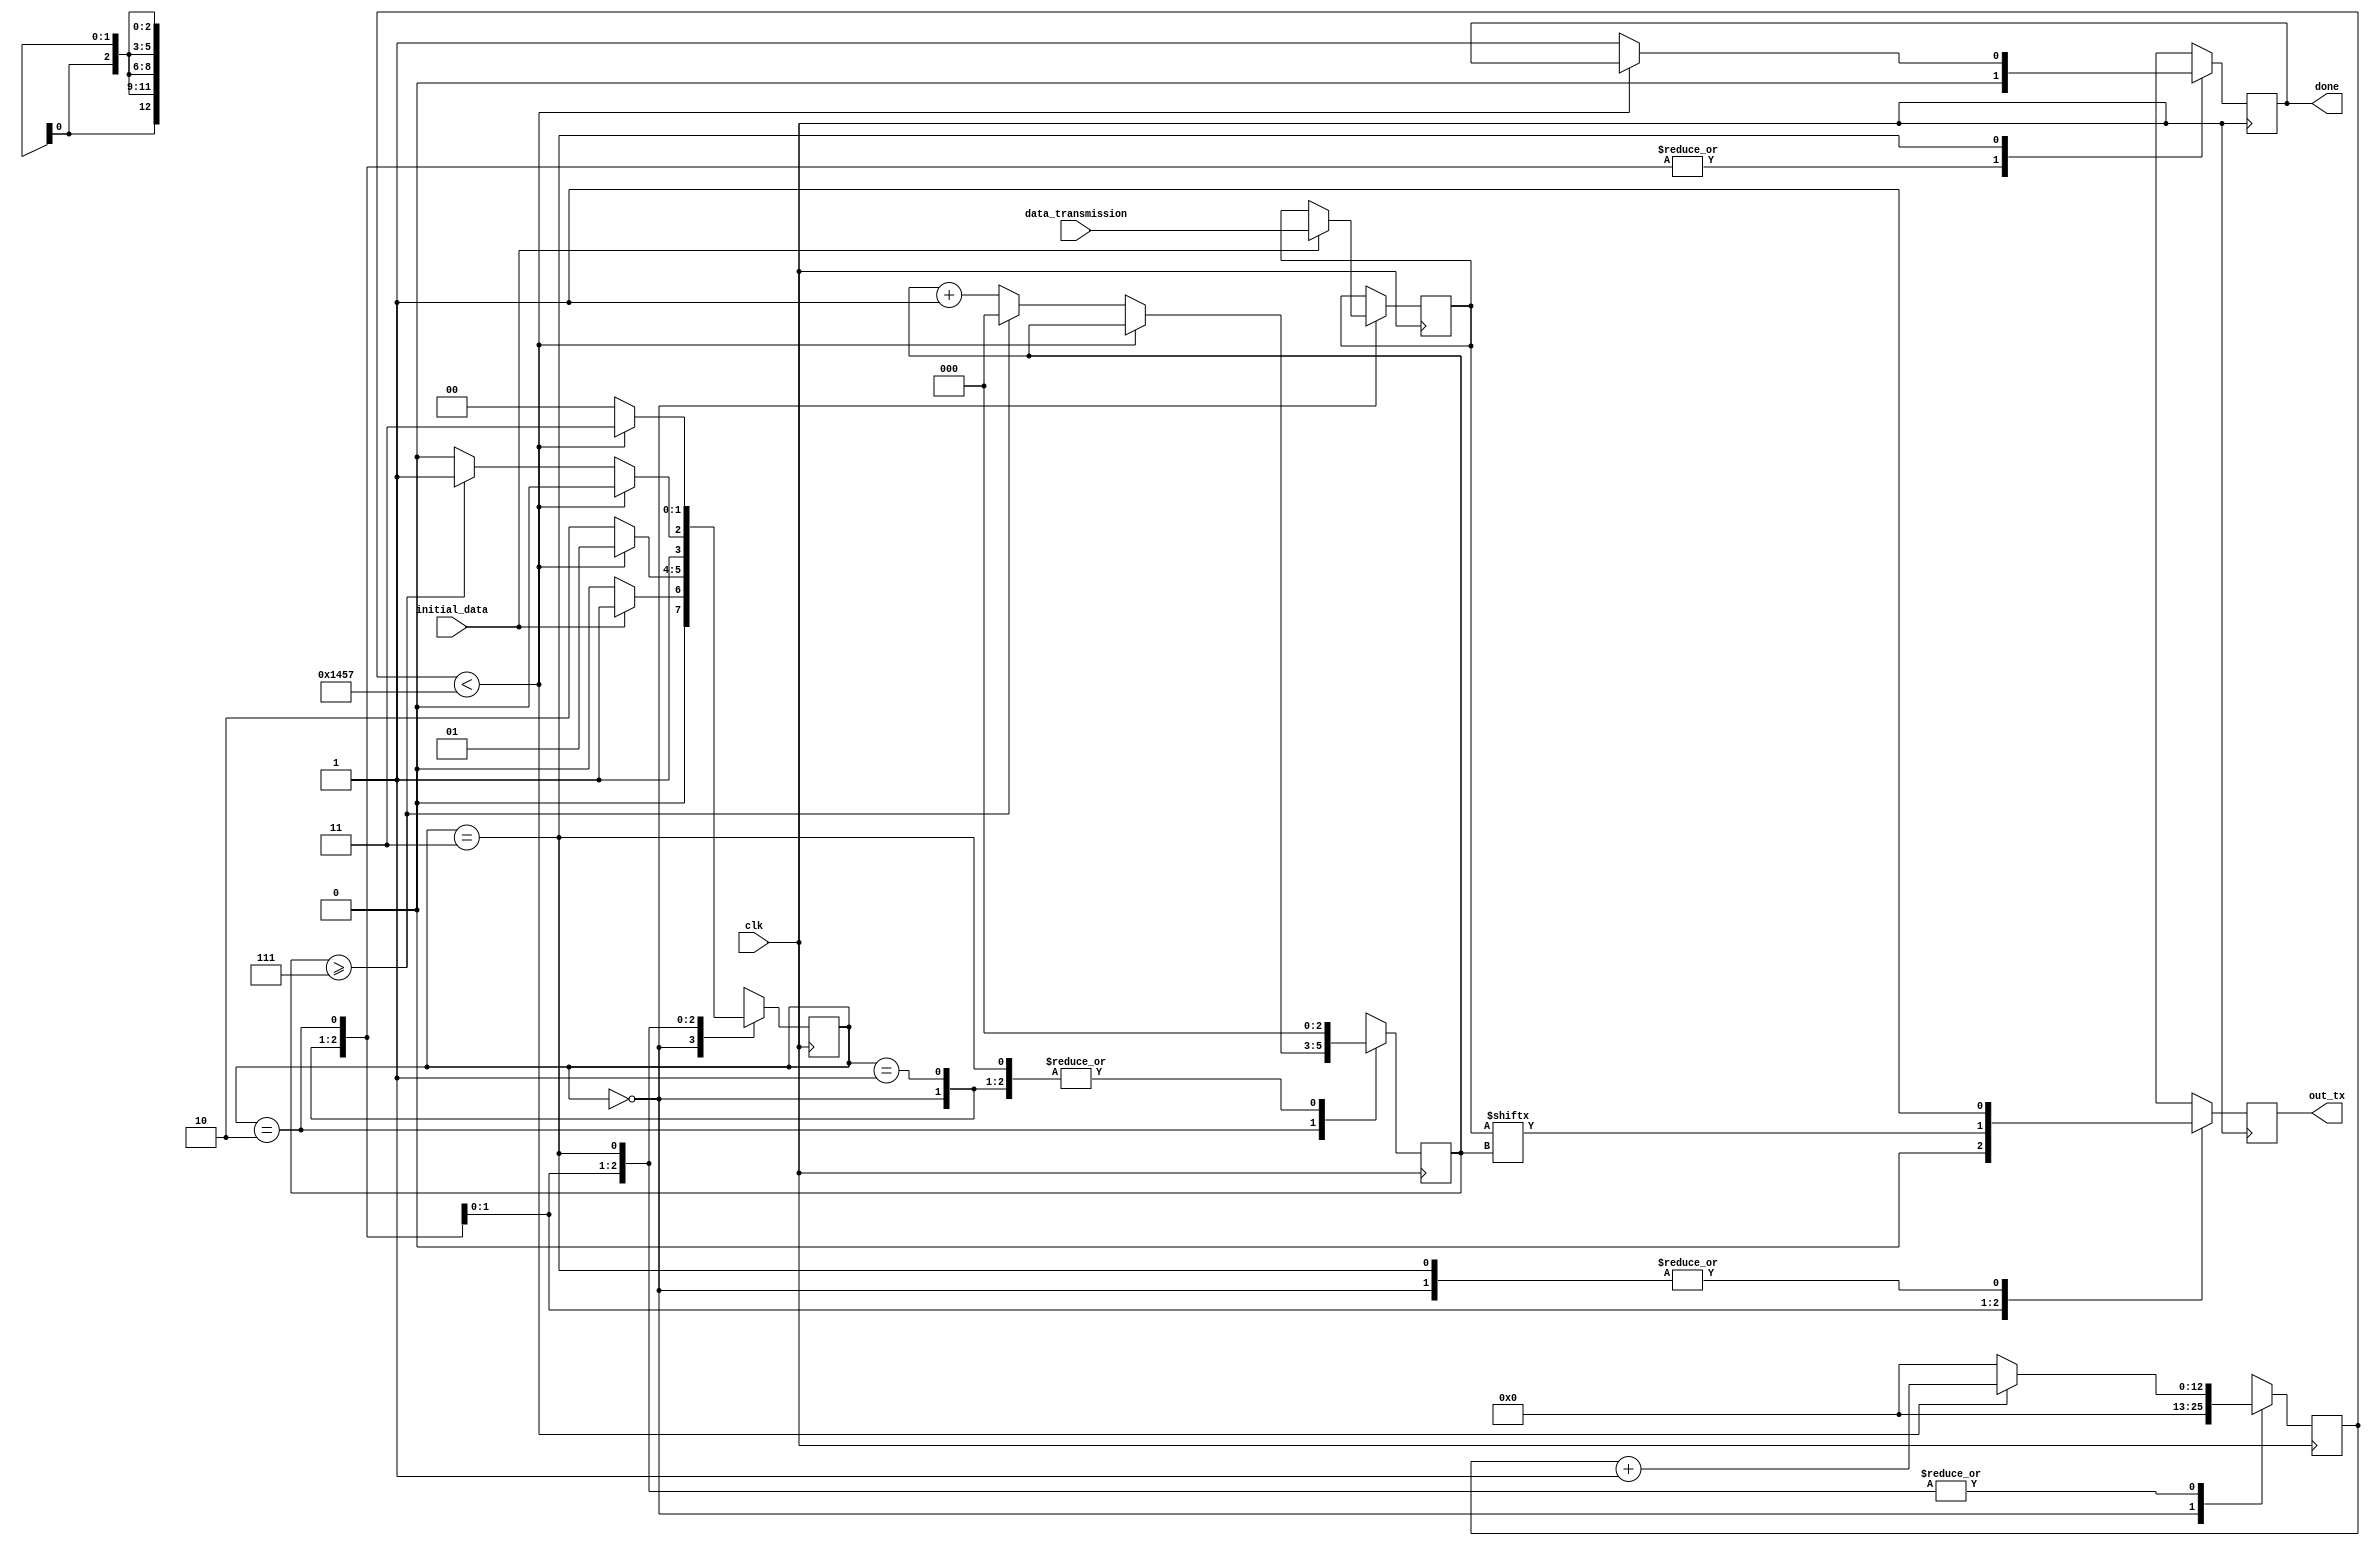
/* MDULO UART_TX
   ESTE MDULO IMPLEMENTA A TRANSMISSO UART ASSNCRONA.
   ELE TRANSMITE DADOS PARA A PORTA SERIAL COM BASE EM UM CLOCK NATIVO DA PLACA E GERA DADOS DE SADA E SINALIZA QUANDO A TRANSMISSO FOI CONCLUDA.
   PARMETROS:
   - CLKS_PER_BIT: PULSOS DE CLOCK POR BIT, CALCULADOS COM BASE NA TAXA DE BAUD. 

   REFERNCIA: https://youtu.be/Wsou_zhCEYQ
*/
module UART_TX #(
    parameter CLKS_PER_BIT = 5208 // (50000000 / 9600) = 5208 pulsos de clock por bit
) (
    input        clk,                  // CLOCK NATIVO DA PLACA
    input        initial_data,         // CONTROLADOR PARA AVISAR QUE DADOS ESTO SENDO ENVIADOS
    input  [7:0] data_transmission,    // CONTEDO A SER ENVIADO
    output reg   out_tx,               // DADOS ENVIADOS
    output reg   done                  // FOI TUDO ENVIADO
);

//================================================================================================================================
//                                           ESTADOS DA MQUINA DE ESTADOS DA UART
//================================================================================================================================
    localparam IDLE  = 2'b00, // ESTADO DE OCIOSIDADE
               START = 2'b01, // ESTADO DE INCIO DA TRANSMISSO
               DATA  = 2'b10, // ESTADO DE TRANSMISSO DE DADOS
               STOP  = 2'b11; // ESTADO DE PARADA DA TRANSMISSO

//================================================================================================================================
//                                                    REGISTRADORES INTERNOS
//================================================================================================================================
    /* REGISTRADORES INTERNOS */
    reg [1:0]  state = 0;          // ESTADO ATUAL DA MQUINA DE ESTADOS
    reg [12:0] counter = 0;        // CONTADOR DE TEMPO PARA BAUD RATE
    reg [2:0]  bit_index = 0;      // NDICE DO BIT ATUAL
    reg [7:0]  data_bit = 0;      // BIT DE DADOS A SER ENVIADO

//================================================================================================================================
//                                                       TRANSIO DE ESTADOS 
//================================================================================================================================
    always @(posedge clk) begin
        case (state)

            IDLE: begin
                out_tx    = 1;            // NVEL ALTO NO PINO DE SADA
                done      = 0;            // SINALIZA QUE A TRANSMISSO NO EST CONCLUDA
                counter   = 0;            // ZERAR O CONTADOR DE TEMPO
                bit_index = 0;            // ZERAR O NDICE DO BIT

                if (initial_data == 1) begin        // AVISO QUE DADOS DEVEM SER ENVIADOS
                   
                    data_bit  <= data_transmission; // CARREGAR O DADO A SER ENVIADO
                    state <= START;               // MUDAR PARA O ESTADO DE INCIO DA TRANSMISSO
                end
                else begin
                    state <= IDLE;              // PERMANECE NO ESTADO DE OCIOSIDADE
                end
            end

            START: begin
                
                out_tx <= 0;           // NVEL BAIXO NO PINO DE SADA (BIT DE START)
                done <= 0;             // SINALIZA QUE A TRANSMISSO NO EST CONCLUDA
                bit_index = 0;         // ZERAR O NDICE DO BIT

                if (counter < CLKS_PER_BIT - 1) begin  // ESPERAR O BAUD RATE
                    counter <= counter + 13'b1;
                    state <= START;                   // PERMANECE NO ESTADO DE INCIO DA TRANSMISSO
                end
                else begin                             // O BIT DE START TERMINOU
                    counter <= 0;
                    state <= DATA;                    // MUDAR PARA O ESTADO DE TRANSMISSO DE DADOS
                end
            end

            DATA: begin
                
                done <= 0;             // SINALIZA QUE A TRANSMISSO NO EST CONCLUDA
                out_tx <= data_bit[bit_index];  // ENVIAR O BIT ATUAL

                if (counter < CLKS_PER_BIT - 1) begin  // ESPERAR O BAUD RATE
                    counter <= counter + 13'b1;
                    state <= DATA;                    // PERMANECE NO ESTADO DE TRANSMISSO DE DADOS
                end
                else begin
                    counter <= 13'd0;
                    if (bit_index >= 7) begin     // ENVIOU O LTIMO BIT
                        bit_index <= 0;
                        state <= STOP;            // MUDAR PARA O ESTADO DE PARADA DA TRANSMISSO
                    end
                    else begin                          // FALTA O RESTANTE DOS BITS
                        bit_index <= bit_index + 1'b1;
                        state <= DATA;                  // PERMANECE NO ESTADO DE TRANSMISSO DE DADOS
                    end
                end
            end

            STOP: begin
                out_tx <= 1;          // NVEL ALTO NO PINO DE SADA (BIT DE STOP)
                bit_index = 0;        // ZERAR O NDICE DO BIT

                if (counter < CLKS_PER_BIT - 1) begin
                    counter <= counter + 13'b1;
                    state <= STOP;       // PERMANECE NO ESTADO DE PARADA DA TRANSMISSO
                end
                else begin
                    done <= 1;          // SINALIZA QUE A TRANSMISSO FOI CONCLUDA
                    state <= IDLE;      // RETORNA AO ESTADO DE OCIOSIDADE
                   
                    counter <= 0;       // ZERAR O CONTADOR DE TEMPO
                end
            end
            default: begin
                state <= IDLE;                // CASO DE ESTADO NO RECONHECIDO, RETORNA AO ESTADO DE OCIOSIDADE
                out_tx = 1;                    // NVEL ALTO NO PINO DE SADA
                done = 0;                      // SINALIZA QUE A TRANSMISSO NO EST CONCLUDA
                counter = 0;                   // ZERAR O CONTADOR DE TEMPO
                bit_index = 0;                 // ZERAR O NDICE DO BIT
                end
        endcase
    end

endmodule